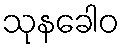
သုနခေါဝ